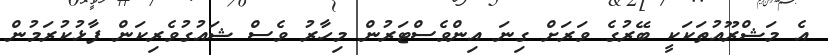
އެ މަޝްރޫއުތަކަކީ ބޭރުގެ ވަރަށް ގިނަ އިންވެސްޓަރުން މިހާރު ވެސް ޝައުގުވެރިކަން ފާޅުކުރަމުން